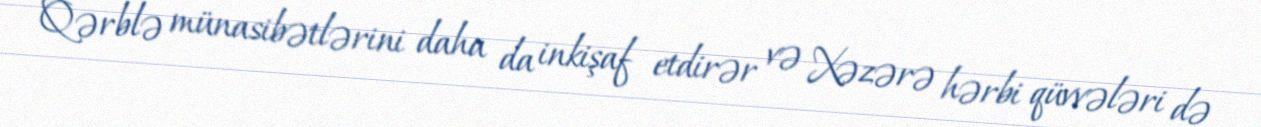
Qərblə münasibətlərini daha da inkişaf etdirər və Xəzərə hərbi qüvvələri də